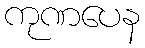
ကုဏပေန